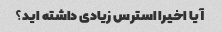
آیا اخیرا استرس زیادی داشته اید؟